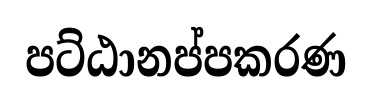
පට්ඨානප්පකරණ